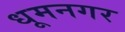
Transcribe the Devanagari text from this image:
धूमनगर